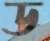
ড